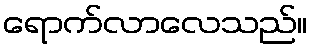
ရောက်လာလေသည်။